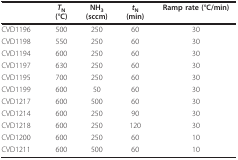
<table><thead><tr><td></td><td><b><i>T</i><sub>N</sub>(°C)</b></td><td><b>NH<sub>3</sub>(sccm)</b></td><td><b><i>t</i><sub>N</sub>(min)</b></td><td><b>Ramp rate (°C/min)</b></td></tr></thead><tbody><tr><td>CVD1196</td><td>500</td><td>250</td><td>60</td><td>30</td></tr><tr><td>CVD1198</td><td>550</td><td>250</td><td>60</td><td>30</td></tr><tr><td>CVD1194</td><td>600</td><td>250</td><td>60</td><td>30</td></tr><tr><td>CVD1197</td><td>630</td><td>250</td><td>60</td><td>30</td></tr><tr><td>CVD1195</td><td>700</td><td>250</td><td>60</td><td>30</td></tr><tr><td>CVD1199</td><td>600</td><td>50</td><td>60</td><td>30</td></tr><tr><td>CVD1217</td><td>600</td><td>500</td><td>60</td><td>30</td></tr><tr><td>CVD1214</td><td>600</td><td>250</td><td>90</td><td>30</td></tr><tr><td>CVD1218</td><td>600</td><td>250</td><td>120</td><td>30</td></tr><tr><td>CVD1200</td><td>600</td><td>250</td><td>60</td><td>10</td></tr><tr><td>CVD1211</td><td>600</td><td>500</td><td>60</td><td>10</td></tr></tbody></table>